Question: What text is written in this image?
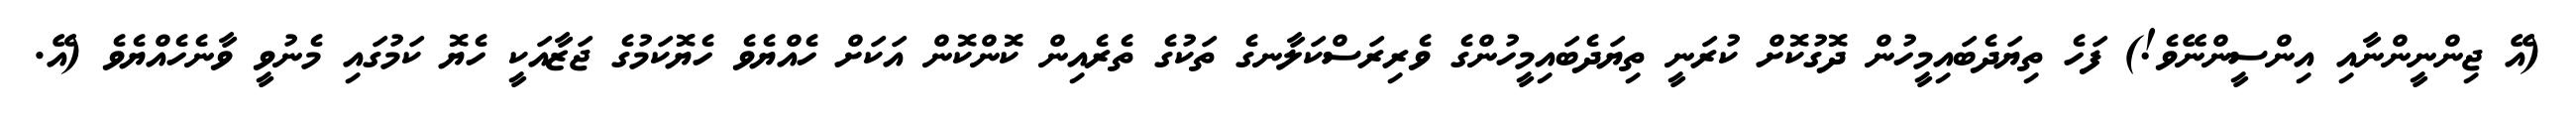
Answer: (އޭ ޖިންނީންނާއި އިންސީންނޭވެ!) ފަހެ ތިޔަދެބައިމީހުން ދޮގުކޮށް ކުރަނީ ތިޔަދެބައިމީހުންގެ ވެރިރަސްކަލާނގެ ތަކުގެ ތެރެއިން ކޮންކޮން އަކަށް ހެއްޔެވެ ހެޔޮކަމުގެ ޖަޒާއަކީ ހެޔޮ ކަމުގައި މެނުވީ ވާނެހެއްޔެވެ (އޭ.